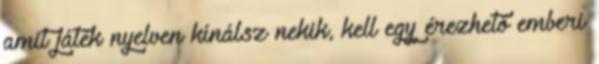
amit játék nyelven kínálsz nekik, kell egy érezhető emberi